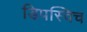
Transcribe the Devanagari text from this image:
डिपस्विच